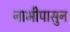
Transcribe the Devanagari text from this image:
नाभीपासुन